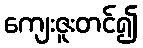
ကျေးဇူးတင်၍